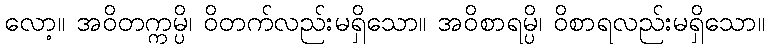
လော့။ အဝိတက္ကမ္ပိ၊ ဝိတက်လည်းမရှိသော။ အဝိစာရမ္ပိ၊ ဝိစာရလည်းမရှိသော။